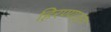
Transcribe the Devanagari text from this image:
हिरण्याङ्ग